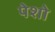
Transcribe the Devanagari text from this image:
पेशो